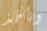
ونأخذ